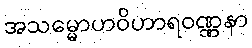
အသမ္မောဟဝိဟာရဝဏ္ဏနာ